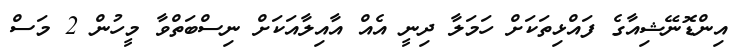
އިންޑޮނޭޝިއާގެ ފައްޅިތަކަށް ހަމަލާ ދިނީ އެއް އާއިލާއަކަށް ނިސްބަތްވާ މީހުން 2 މަސް